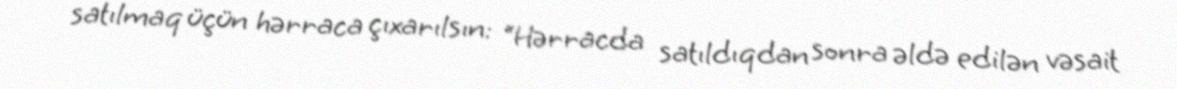
satılmaq üçün hərraca çıxarılsın: “Hərracda satıldıqdan sonra əldə edilən vəsait